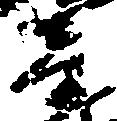
音